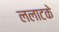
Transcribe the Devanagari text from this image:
ललाटके